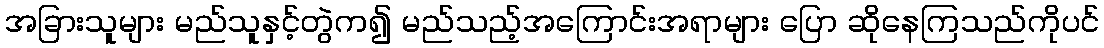
အခြားသူများ မည်သူနှင့်တွဲက၍ မည်သည့်အကြောင်းအရာများ ပြော ဆိုနေကြသည်ကိုပင်